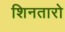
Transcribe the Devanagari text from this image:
शिनतारो